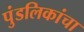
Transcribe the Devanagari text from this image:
पुंडलिकांचा